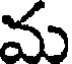
మ